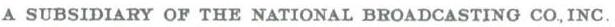
A SUBSIDIARY OF THE NATIONAL BROADCASTING CO.,INC.